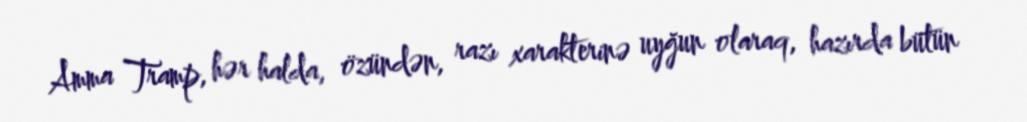
Amma Tramp, hər halda, özündən, razı xarakterinə uyğun olaraq, hazırda bütün